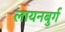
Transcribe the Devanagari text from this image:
लायनबुर्ग